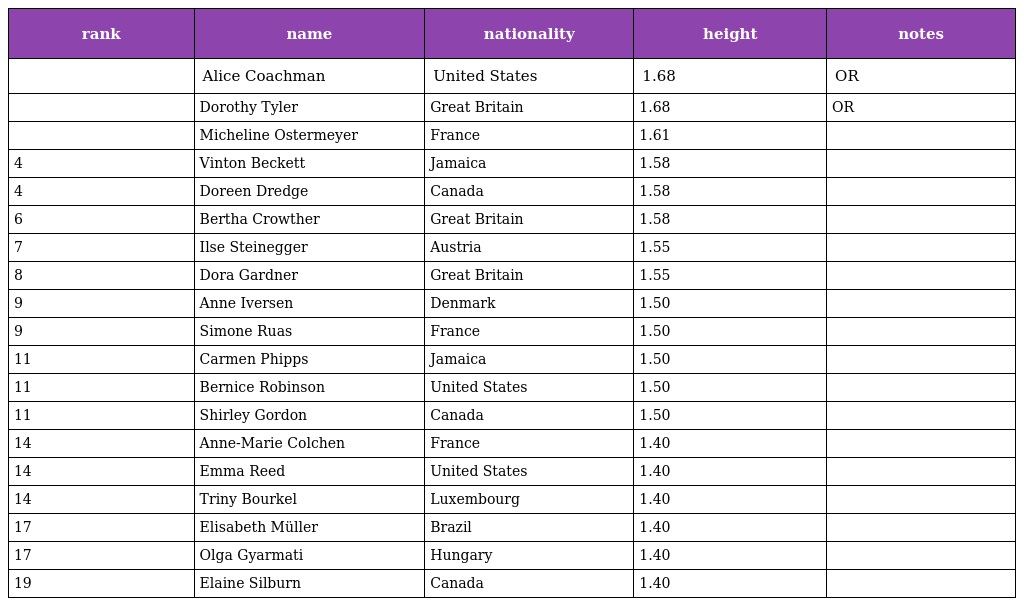
| rank | name | nationality | height | notes |
 | --- | --- | --- | --- | --- |
 |  | Alice Coachman | United States | 1.68 | OR |
 |  | Dorothy Tyler | Great Britain | 1.68 | OR |
 |  | Micheline Ostermeyer | France | 1.61 |  |
 | 4 | Vinton Beckett | Jamaica | 1.58 |  |
 | 4 | Doreen Dredge | Canada | 1.58 |  |
 | 6 | Bertha Crowther | Great Britain | 1.58 |  |
 | 7 | Ilse Steinegger | Austria | 1.55 |  |
 | 8 | Dora Gardner | Great Britain | 1.55 |  |
 | 9 | Anne Iversen | Denmark | 1.50 |  |
 | 9 | Simone Ruas | France | 1.50 |  |
 | 11 | Carmen Phipps | Jamaica | 1.50 |  |
 | 11 | Bernice Robinson | United States | 1.50 |  |
 | 11 | Shirley Gordon | Canada | 1.50 |  |
 | 14 | Anne-Marie Colchen | France | 1.40 |  |
 | 14 | Emma Reed | United States | 1.40 |  |
 | 14 | Triny Bourkel | Luxembourg | 1.40 |  |
 | 17 | Elisabeth Müller | Brazil | 1.40 |  |
 | 17 | Olga Gyarmati | Hungary | 1.40 |  |
 | 19 | Elaine Silburn | Canada | 1.40 |  |